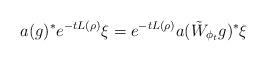
LaTeX: \begin{align*}a(g)^*e^{-tL(\rho)}\xi = e^{-t L(\rho)} a(\tilde W_{\phi_t}g)^*\xi\end{align*}